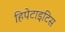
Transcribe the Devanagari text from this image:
हिपेटाइटिस